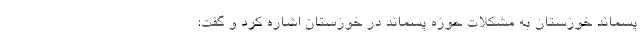
پسماند خوزستان به مشکلات حوزه پسماند در خوزستان اشاره کرد و گفت: